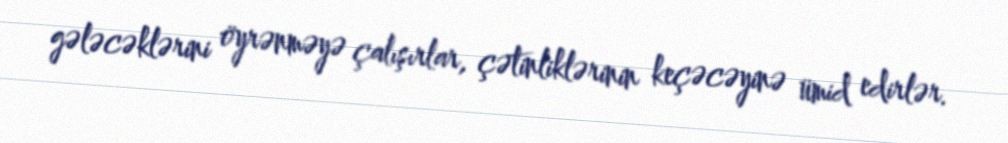
gələcəklərini öyrənməyə çalışırlar, çətinliklərinin keçəcəyinə ümid edirlər.